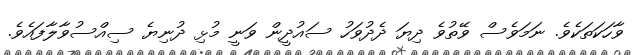
ވާހަކަތަކެވެ. ނަމަވެސް ވޭތުވެ ދިޔަ ދެދުވަހު ސައުދީން ވަނީ މުޅި ދުނިޔެ ސިއްސުވާލާފައެވެ.